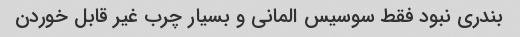
بندری نبود فقط سوسیس المانی و بسیار چرب غیر قابل خوردن